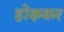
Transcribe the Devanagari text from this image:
होऴकर